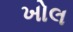
ખોલ